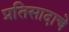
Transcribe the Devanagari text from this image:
प्रतिसादाचे